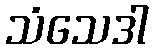
သံသေဒါ